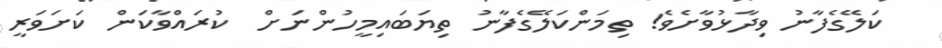
ކަލޭގެފާނު ވިދާޅުވާށެވެ! ތިމަންކަލޭގެފާނު ތިޔަބައިމީހުންނަށް  ކުރައްވާކަން ކަށަވަރީ